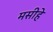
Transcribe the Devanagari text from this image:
मसीहे